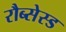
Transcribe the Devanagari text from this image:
रौब्सेस्ड